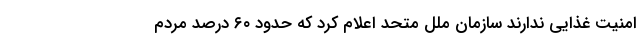
امنیت غذایی ندارند سازمان ملل متحد اعلام کرد که حدود ۶۰ درصد مردم